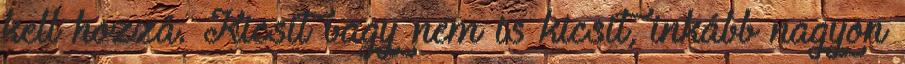
kell hozzá. Kicsit vagy nem is kicsit, inkább nagyon